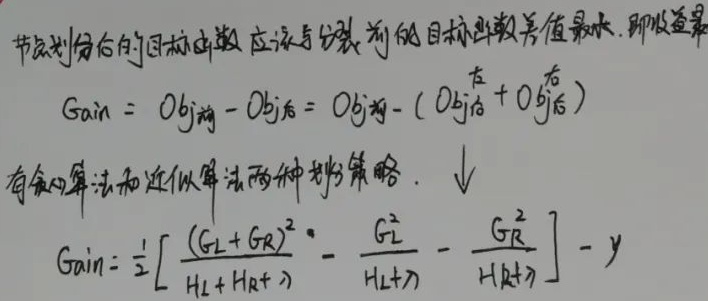
节点划分后的目标函数应该与划分前的目标函数差值最大，即收益最大。
\[Gain = Obj_{前}-Obj_{后}= Obj_{前}-( Obj_{后}^{左} + Obj_{后}^{右})\]
有贪心算法和近似算法两种划分策略。
\[Gain=\frac{1}{2}\left[\frac{(G_{L}+G_{R})^{2}}{H_{L}+H_{R}+\lambda}-\frac{G_{L}^{2}}{H_{L}+\lambda}-\frac{G_{R}^{2}}{H_{R}+\lambda}\right] - \gamma\]